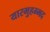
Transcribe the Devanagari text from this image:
यारमुहम्मद